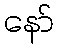
နော်